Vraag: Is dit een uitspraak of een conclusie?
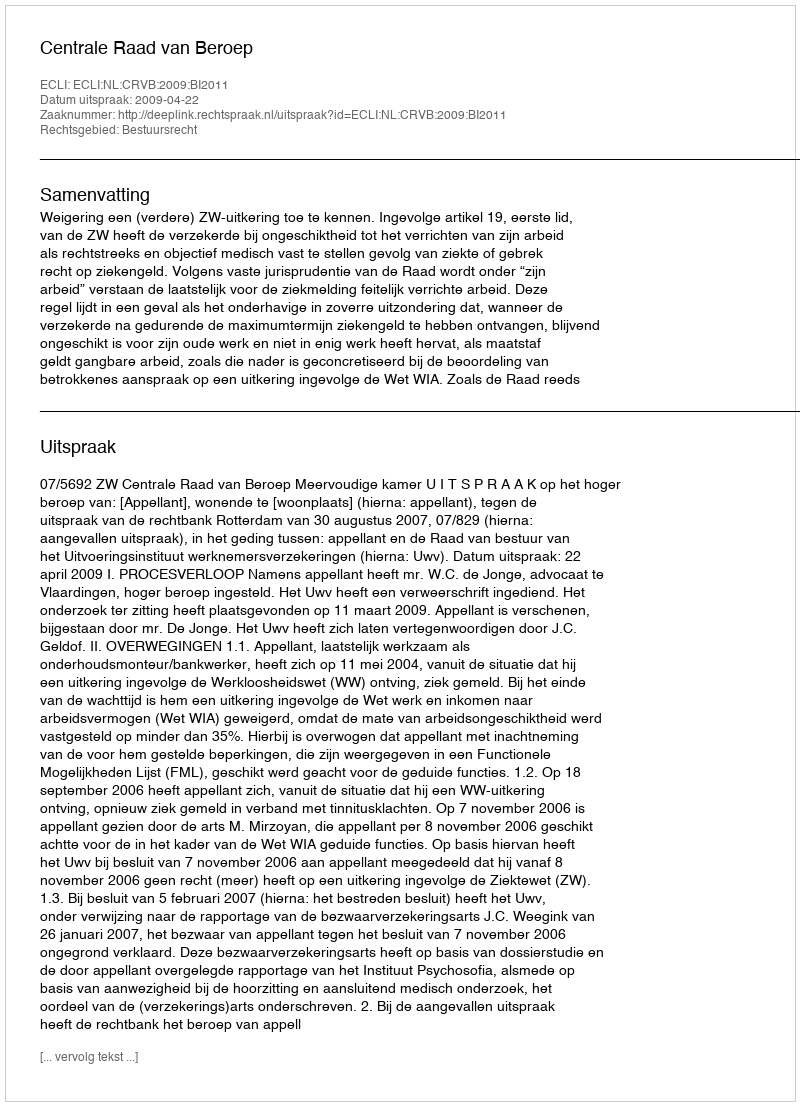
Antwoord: Uitspraak